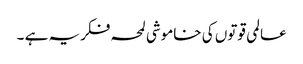
عالمی قوتوں کی خاموشی لمحہ فکریہ ہے ۔